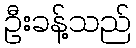
ဦးခန့်သည်